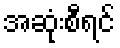
အဆုံးစီရင်